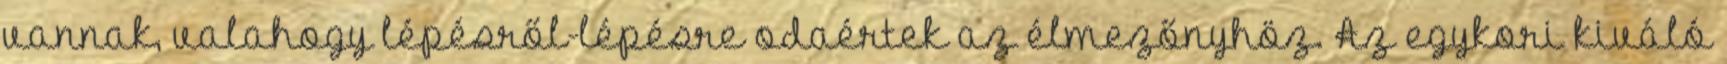
vannak, valahogy lépésről-lépésre odaértek az élmezőnyhöz. Az egykori kiváló